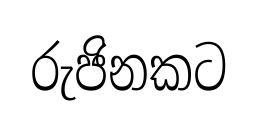
රුජිනකට